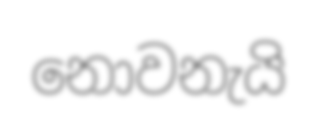
නොවනැයි